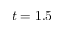
t = 1 . 5